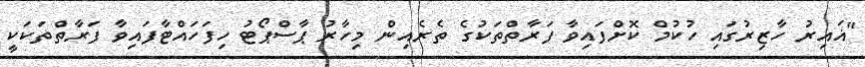
"ޣައިރު ހާޒިރުގައި ހުކުމް ކޮށްފައިވާ ފަރާތްތަކުގެ ތެރެއިން މިހާރު ޕާސްޕޯޓު ހިފަހައްޓާފައިވާ ފަރާތްތަކަކީ